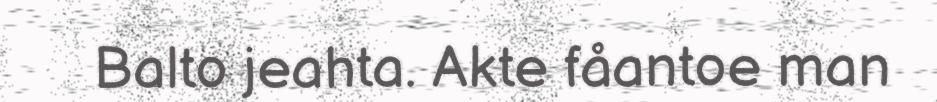
Balto jeahta. Akte fåantoe man